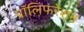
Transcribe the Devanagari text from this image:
प्रॉलिफरेशन